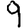
Digit: 9